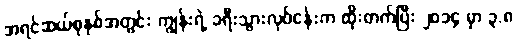
အရင်ဆယ်စုနှစ်အတွင်း ကျွန်းရဲ့ ခရီးသွားလုပ်ငန်းက ထိုးတက်ပြီး ၂၀၁၄ မှာ ၃.၈